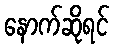
နောက်ဆိုရင်